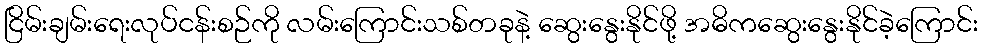
ငြိမ်းချမ်းရေးလုပ်ငန်းစဉ်ကို လမ်းကြောင်းသစ်တခုနဲ့ ဆွေးနွေးနိုင်ဖို့ အဓိကဆွေးနွေးနိုင်ခဲ့ကြောင်း